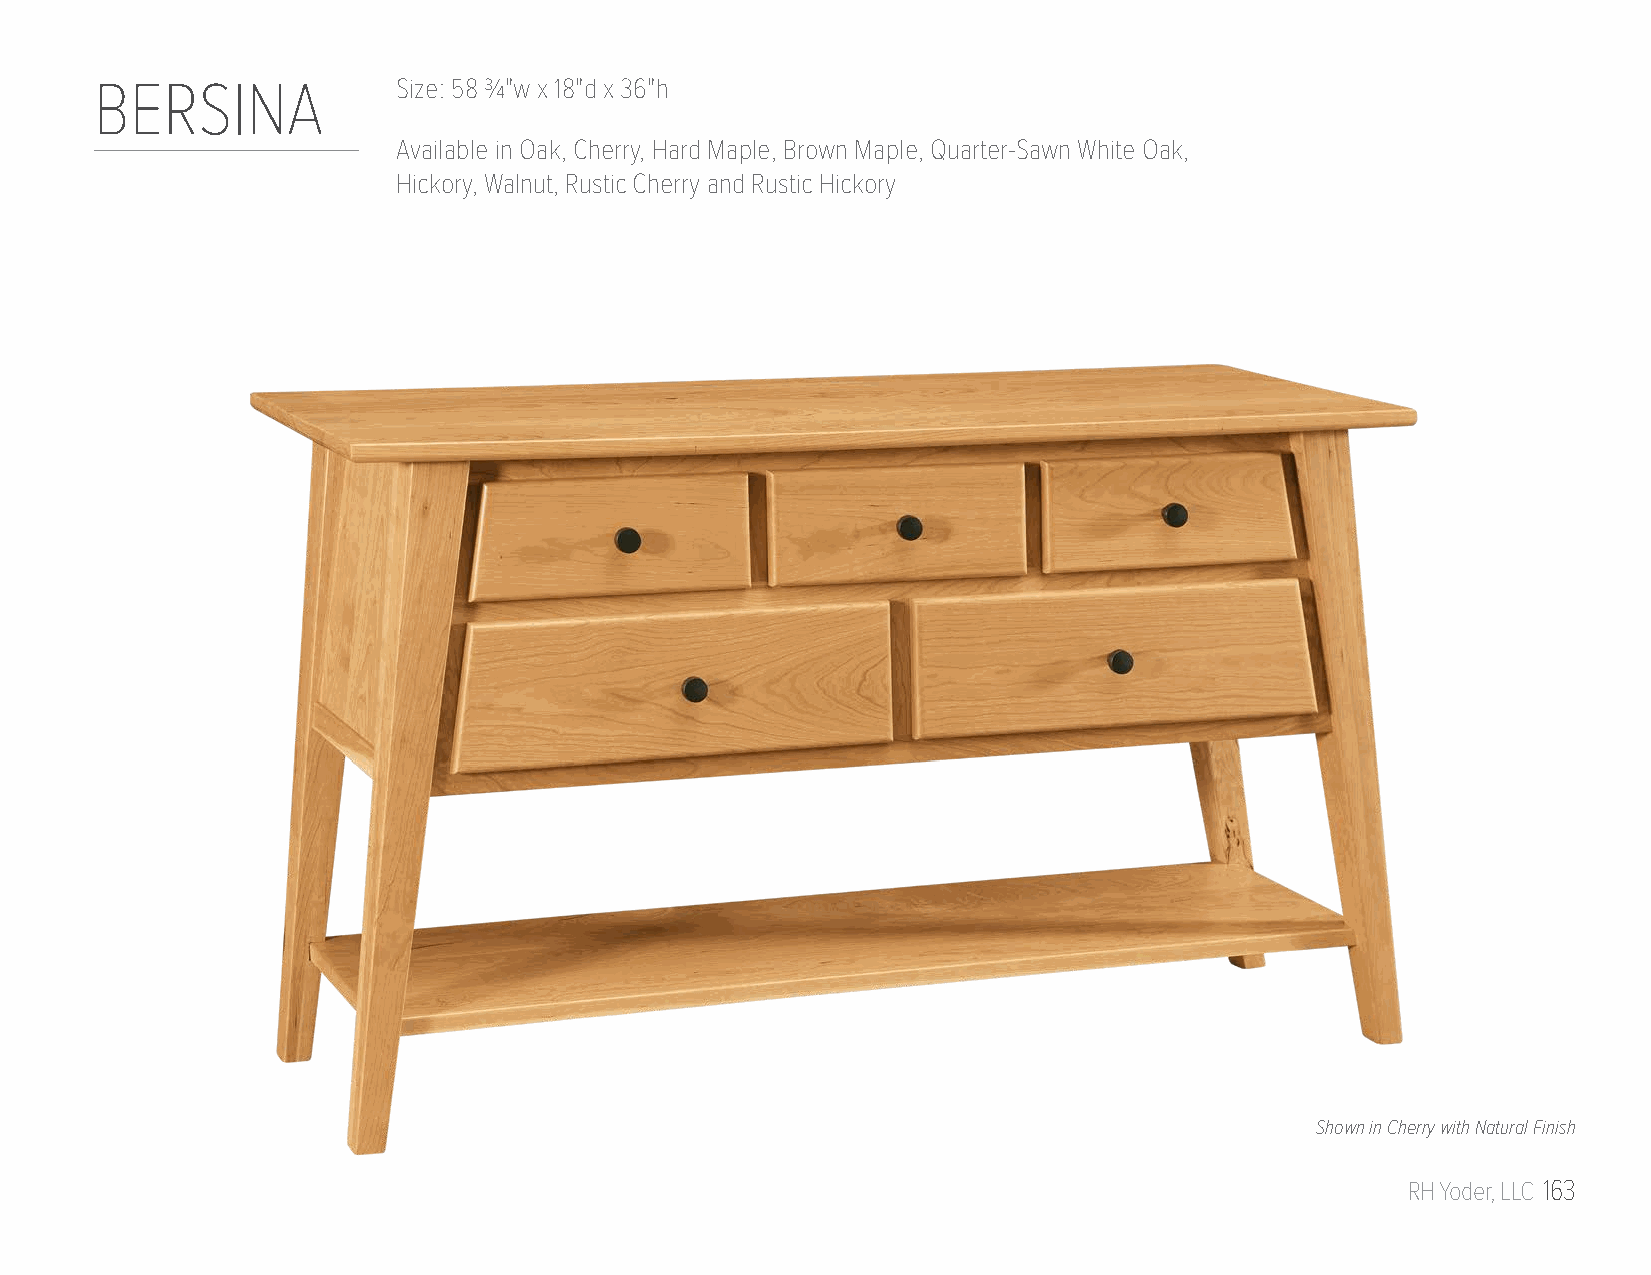
BERSINA             Size: 58 3/4"w x 18"d x 36"h
 Available in Oak, Cherry, Hard Maple, Brown Maple, Quarter-Sawn White Oak,
 Hickory, Walnut, Rustic Cherry and Rustic Hickory
 Shown in Cherry with Natural Finish
 RH Yoder, LLC 163